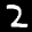
Label: 2